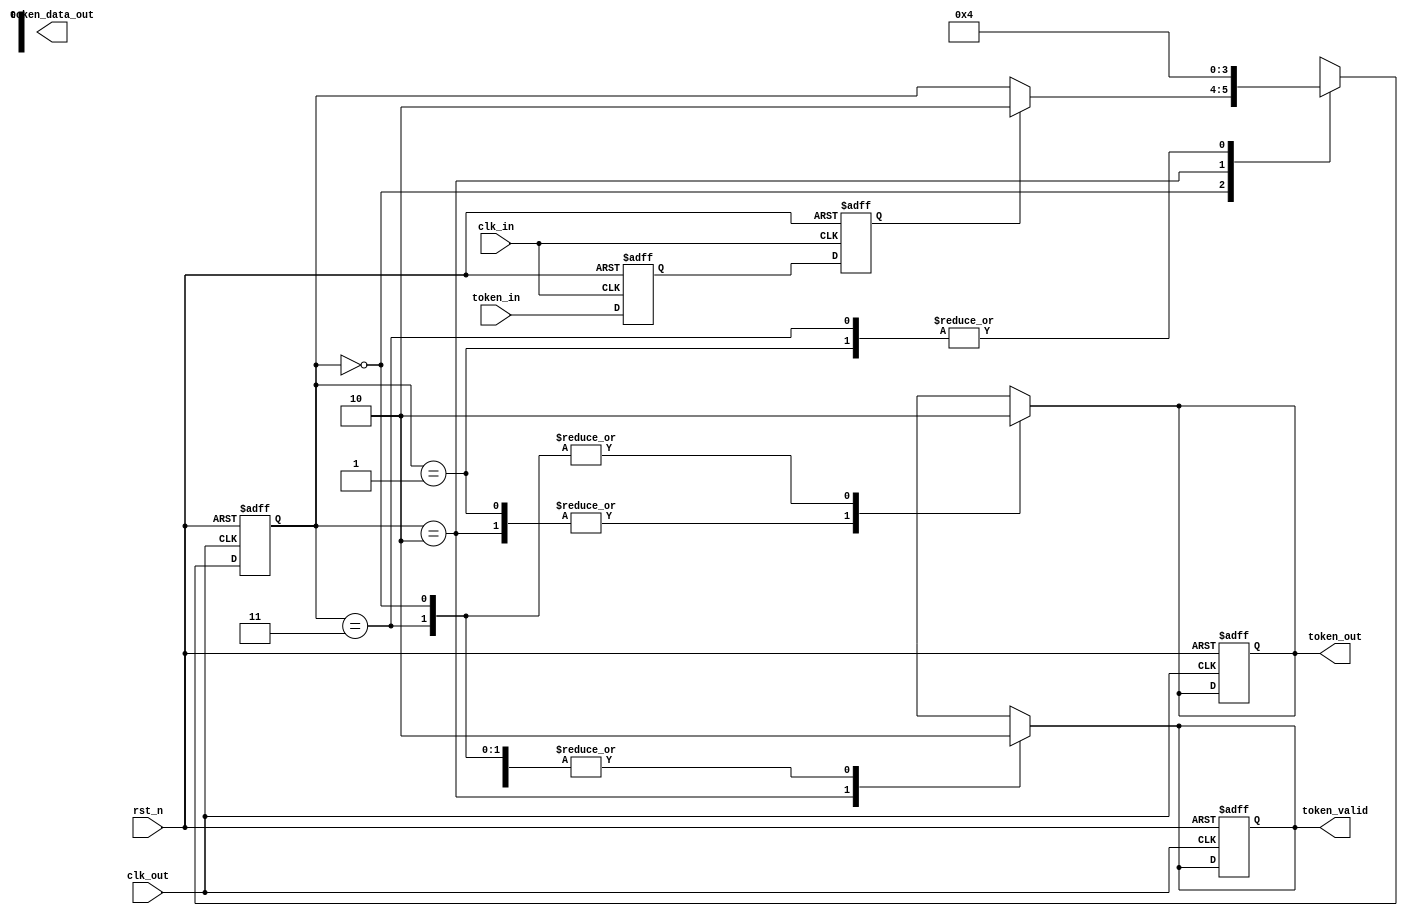
module TokenRingSynchronizer #(
    parameter DATA_WIDTH = 8,      // Width of token data
    parameter STATE_WIDTH = 2       // Width for FSM states
)(
    input wire clk_in,              // Input clock
    input wire clk_out,             // Output clock (receiving domain)
    input wire rst_n,               // Active low reset
    input wire token_in,            // Incoming token signal
    output reg token_out,           // Synchronized token signal
    output reg [DATA_WIDTH-1:0] token_data_out, // Token data output
    output reg token_valid          // Token validity output
);

// Token States
localparam IDLE       = 2'b00;
localparam TRANSMIT   = 2'b01;
localparam RECEIVE    = 2'b10;
localparam ERROR      = 2'b11;

// State registers
reg [STATE_WIDTH-1:0] current_state, next_state;
reg [DATA_WIDTH-1:0] token_data_reg;

// Synchronization flip-flops
reg sync_ff1, sync_ff2;

// FSM for token management
always @(posedge clk_out or negedge rst_n) begin
    if (!rst_n) begin
        current_state <= IDLE;
        token_out <= 0;
        token_valid <= 0;
        token_data_reg <= 0;
    end else begin
        current_state <= next_state;
    end
end

// FSM State Transition and Output Logic
always @(*) begin
    next_state = current_state; // Default to hold state
    token_out = 0;              // Default token output
    token_valid = 0;            // Default token valid flag

    case (current_state)
        IDLE: begin
            // Wait for token input signal
            if (sync_ff2) begin
                next_state = RECEIVE;
            end
        end

        RECEIVE: begin
            // Capture and validate token
            token_data_reg = {DATA_WIDTH{1'b1}}; // Dummy data for demonstration
            token_out = 1;
            token_valid = 1;
            next_state = TRANSMIT; // Move to transmit state after receiving
        end

        TRANSMIT: begin
            // Simulate token transmission
            token_out = 1;
            next_state = IDLE; // Return to IDLE after transmission
        end

        ERROR: begin
            // Handle error state (e.g., timeout, invalid token)
            // Reset or retry logic can be implemented here
            next_state = IDLE; // Reset to idle
        end

        default: next_state = IDLE; // Safety net for default state
    endcase
end

// Input synchronization logic using dual flip-flop method
always @(posedge clk_in or negedge rst_n) begin
    if (!rst_n) begin
        sync_ff1 <= 0;
        sync_ff2 <= 0;
    end else begin
        sync_ff1 <= token_in;
        sync_ff2 <= sync_ff1; // Second stage of synchronization
    end
end

endmodule